Indian journal of veterinary science and animal husbandry - Volumes 24-25, 1954-1955
Year: 1954
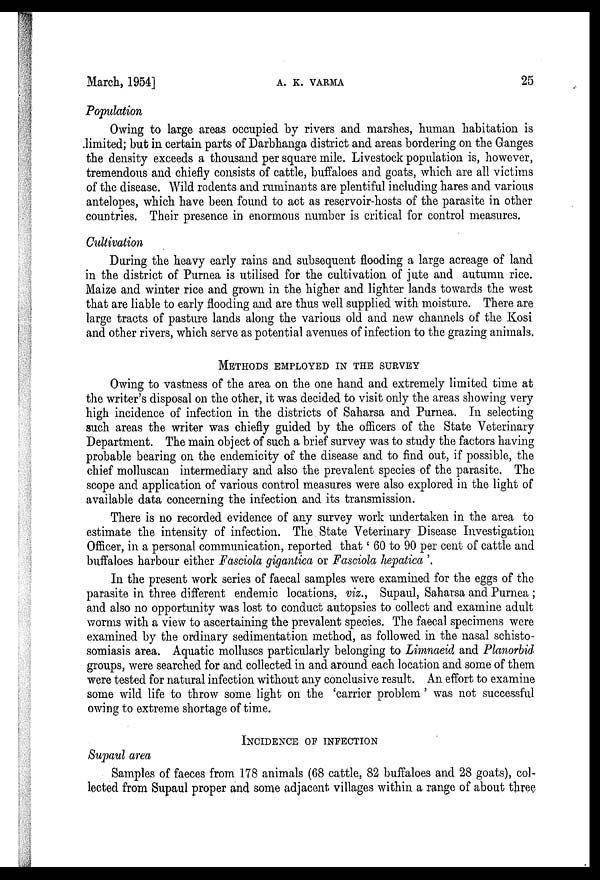
March, 1954]
A.
K.
VARMA
25
Population
Owing to large areas occupied by rivers and marshes, human habitation is
limited; but in certain parts of Darbhanga district and areas bordering on the Ganges
the density exceeds a thousand per square mile. Livestock population is, however,
tremendous and chiefly consists of cattle, buffaloes and goats, which are all victims
of the disease. Wild rodents and ruminants are plentiful including hares and various
antelopes, which have been found to act as reservoir-hosts of the parasite in other
countries. Their presence in enormous number is critical for control measures.
Cultivation
During the heavy early rains and subsequent flooding a large acreage of land
in the district of Purnea is utilised for the cultivation of jute and autumn rice.
Maize and winter rice and grown in the higher and lighter lands towards the west
that are liable to early flooding and are thus well supplied with moisture. There are
large tracts of pasture lands along the various old and new channels of the Kosi
and other rivers, which serve as potential avenues of infection to the grazing animals.
METHODS EMPLOYED IN THE SURVEY
Owing to vastness of the area on the one hand and extremely limited time at
the writer's disposal on the other, it was decided to visit only the areas showing very
high incidence of infection in the districts of Saharsa and Purnea. In selecting
such areas the writer was chiefly guided by the officers of the State Veterinary
Department. The main object of such a brief survey was to study the factors having
probable bearing on the endemicity of the disease and to find out, if possible, the
chief molluscan intermediary and also the prevalent species of the parasite. The
scope and application of various control measures were also explored in the light of
available data concerning the infection and its transmission.
There is no recorded evidence of any survey work undertaken in the area to
estimate the intensity of infection. The State Veterinary Disease Investigation
Officer, in a personal communication, reported that '60 to 90 per cent of cattle and
buffaloes harbour either Fasciola gigantica or Fasciola hepatica'.
In the present work series of faecal samples were examined for the eggs of the
parasite in three different endemic locations viz., Supaul, Saharsa and Purnea;
and also no opportunity was lost to conduct autopsies to collect and examine adult
worms with a view to ascertaining the prevalent species. The faecal specimens were
examined by the ordinary sedimentation method, as followed in the nasal schisto-
somiasis area. Aquatic molluscs particularly belonging to Limnaeid and Planorbid
groups, were searched for and collected in and around each location and some of them
were tested for natural infection without any conclusive result. An effort to examine
some wild life to throw some light on the 'carrier problem' was not successful
owing to extreme shortage of time.
INCIDENCE OF INFECTION
Supaul area
Samples of faeces from 178 animals (68 cattle, 82 buffaloes and 28 goats), col-
lected from Supaul proper and some adjacent villages within a range of about three